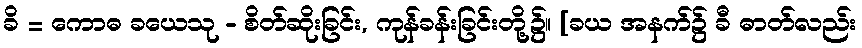
ခိ = ကောဓ ခယေသု - စိတ်ဆိုးခြင်း, ကုန်ခန်းခြင်းတို့၌။ [ခယ အနက်၌ ခီ ဓာတ်လည်း